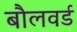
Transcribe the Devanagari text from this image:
बौलवर्ड